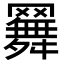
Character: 𦌳